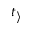
t _ { \rangle }